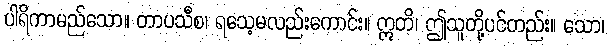
ပါရိကာမည်သော။ တာပသီစ၊ ရသေ့မလည်းကောင်း။ ဣတိ၊ ဤသူတို့ပင်တည်း။ သော၊